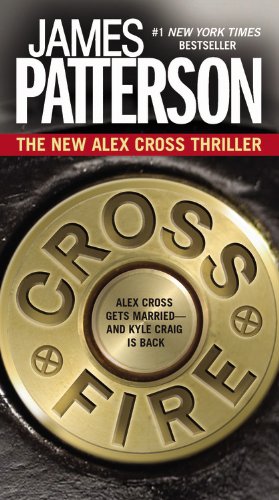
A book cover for Cross Fire (Alex Cross); James Patterson; Mystery, Thriller & Suspense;